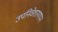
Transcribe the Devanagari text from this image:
उपनिवेशस्थापन